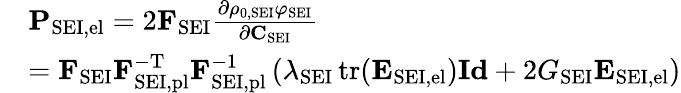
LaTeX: \begin{array}{rl}&{\mathbf{P}_{\mathrm{SEI,el}}=2\mathbf{F}_{\mathrm{SEI}}\frac{\partial\rho_{\mathrm{0,SEI}}\varphi_{\mathrm{SEI}}}{\partial\mathbf{C}_{\mathrm{SEI}}}}\\ &{=\mathbf{F}_{\mathrm{SEI}}\mathbf{F}_{\mathrm{SEI,pl}}^{-\mathrm{T}}\mathbf{F}_{\mathrm{SEI,pl}}^{-1}\left(\lambda_{\mathrm{SEI}}\operatorname{tr}(\mathbf{E}_{\mathrm{SEI,el}})\mathbf{Id}+2G_{\mathrm{SEI}}\mathbf{E}_{\mathrm{SEI,el}}\right)}\end{array}